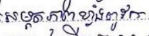
សមត្ថភាពខ្លាំងពូកែ